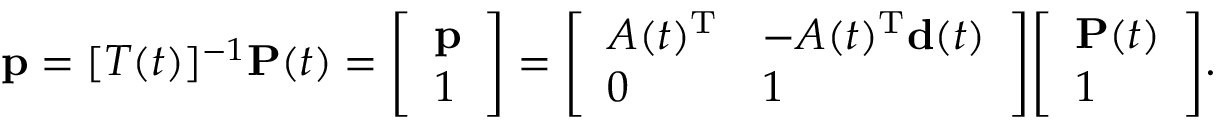
\mathbf { p } = [ T ( t ) ] ^ { - 1 } \mathbf { P } ( t ) = { \left[ \begin{array} { l } { \mathbf { p } } \\ { 1 } \end{array} \right] } = { \left[ \begin{array} { l l } { A ( t ) ^ { \mathrm { T } } } & { - A ( t ) ^ { \mathrm { T } } \mathbf { d } ( t ) } \\ { 0 } & { 1 } \end{array} \right] } { \left[ \begin{array} { l } { \mathbf { P } ( t ) } \\ { 1 } \end{array} \right] } .